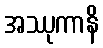
အဿုကာနိ